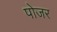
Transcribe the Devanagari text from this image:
पोजर